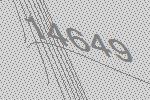
14649